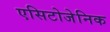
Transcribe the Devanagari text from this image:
एसिटोजेनिक